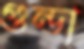
গুন্ডা